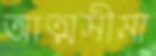
আত্মসীমা